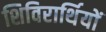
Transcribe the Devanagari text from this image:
शिविरार्थियों